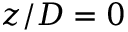
z / D = 0